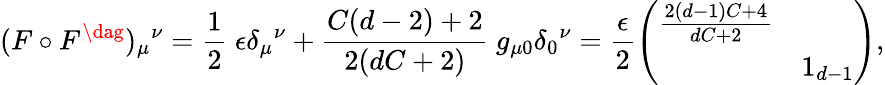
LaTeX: (F\circ F^{\dag})_{\mu}{}^{\nu}=\frac{1}{2}\ \epsilon\delta_{\mu}{}^{\nu}+\frac{C(d-2)+2}{2(dC+2)}\ g_{\mu 0}\delta_{0}{}^{\nu}=\frac{\epsilon}{2}\left(\begin{array}{ll}{{\frac{2(d-1)C+4}{dC+2}}}&{{}}\\ {{}}&{{1_{d-1}}}\end{array}\right),